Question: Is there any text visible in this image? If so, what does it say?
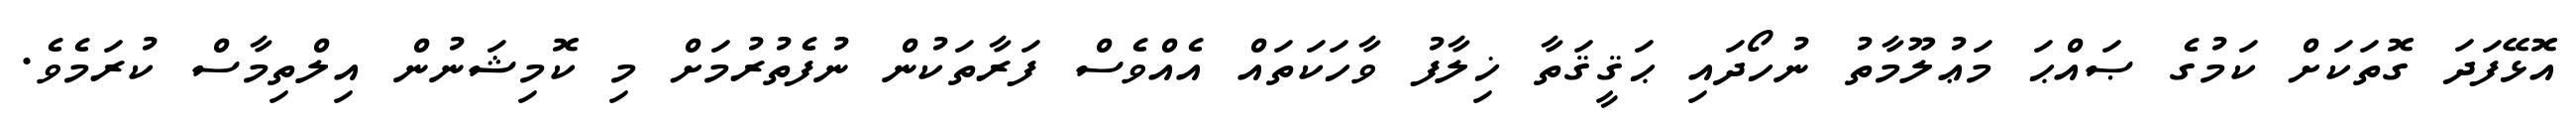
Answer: އޮޅޭފަދަ ގޮތަކަށް ކަމުގެ ޞައްޙަ މަޢުލޫމާތު ނުހޯދައި ޙަޤީޤަތާ ޚިލާފު ވާހަކަތައް އެއްވެސް ފަރާތަކުން ނުފެތުރުމަށް މި ކޮމިޝަނުން އިލްތިމާސް ކުރަމެވެ.